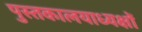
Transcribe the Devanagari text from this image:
पुस्तकालयाध्यक्षों